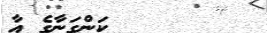
ކަންގަނާގެ އާ